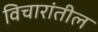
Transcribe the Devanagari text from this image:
विचारांतील